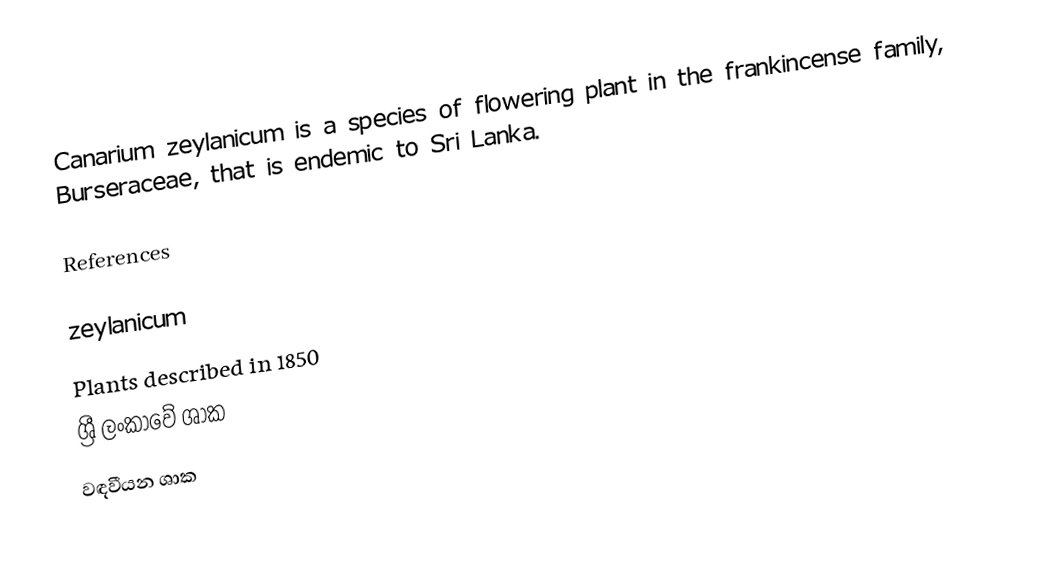
Canarium zeylanicum is a species of flowering plant in the frankincense family, Burseraceae, that is endemic to Sri Lanka.

References

zeylanicum
Plants described in 1850
ශ්‍රී ලංකාවේ ශාක
වඳවීයන ශාක